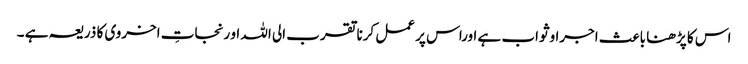
اس کا پڑھنا باعث اجراوثواب ہے اوراس پر عمل کرنا تقرب الی اللہ او رنجاتِ اخروی کا ذریعہ ہے ۔